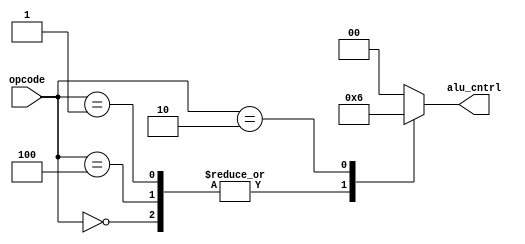
module alu_control (input [3:0] opcode, output reg [1:0] alu_cntrl);

	always@(*)
	begin
		case (opcode)
			4'b0001, 4'b0100, 4'b0000 : alu_cntrl = 2'b01;
			4'b0010 : alu_cntrl = 2'b10;
			default : alu_cntrl = 2'b00;
		endcase
	end

endmodule